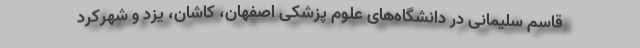
قاسم سلیمانی در دانشگاه‌های علوم پزشکی اصفهان، کاشان، یزد و شهرکرد